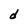
Character: d